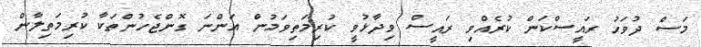
މަސް ދުވަހު ރައީސްކަން ކުރެއްވި ރައީސް ވިދާޅުވީ ކުރިމަތިވަމުން އަންނަ ގޮންޖެހުންތަކާ ކުރިމަތިލާން